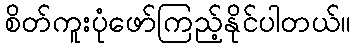
စိတ်ကူးပုံဖော်ကြည့်နိုင်ပါတယ်။